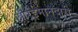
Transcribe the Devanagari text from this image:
औरईमानदारी